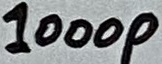
Text: 1000p